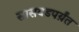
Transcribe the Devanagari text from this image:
सासवडपर्य़ंत